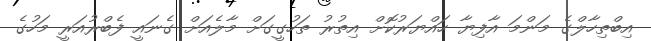
އިބްތިހާލްގެ މަންމަ އާފިޔާ ހައްޔަރުކޮށް އިތުރު ތަހުގީގަށް މާލެއަށް ގެނައީ ފެބްރުއަރީ މަހުގެ